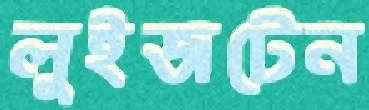
লুইজটেন